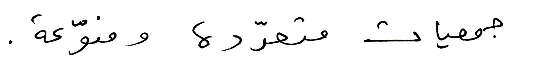
جمعيات متعدّدة ومنوّعة.